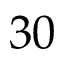
3 0